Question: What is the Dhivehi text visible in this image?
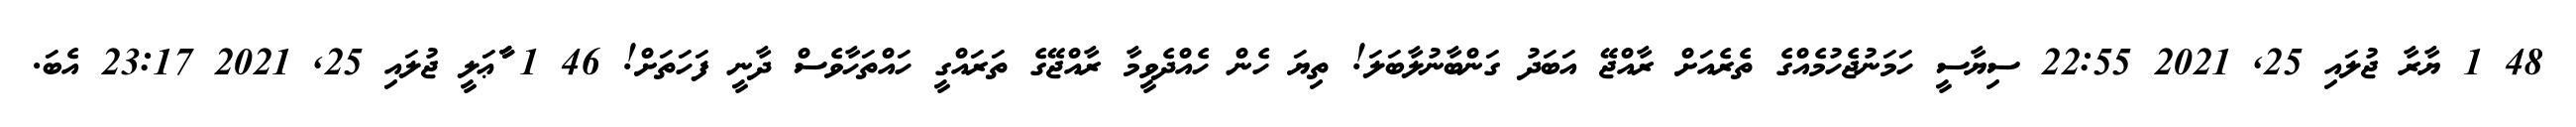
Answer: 48 1 ޔާރާ ޖުލައި 25, 2021 22:55 ސިޔާސީ ހަމަނުޖެހުމެއްގެ ތެރެއަށް ރާއްޖޭ އަބަދު ގަންބާނުލާބަލަ! ތިޔަ ހެން ހެއްދެވީމާ ރާއްޖޭގެ ތަރައްގީ ހައްތަހާވެސް ދާނީ ފަހަތަށް! 46 1 ާާާޢަލީ ޖުލައި 25, 2021 23:17 އެބަ.